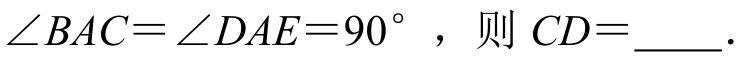
$\angle BAC=\angle DAE = 90^{\circ}$，则$CD = $  ．